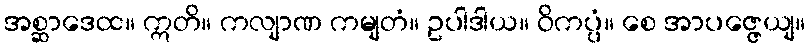
အစ္ဆာဒေထ။ ဣတိ။ ကလျာဏ ကမျတံ။ ဥပါဒါယ။ ဝိကပ္ပံ။ စေ အာပဇ္ဇေယျ။